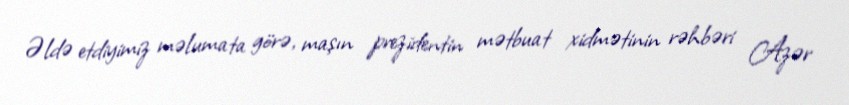
Əldə etdiyimiz məlumata görə, maşın prezidentin mətbuat xidmətinin rəhbəri Azər